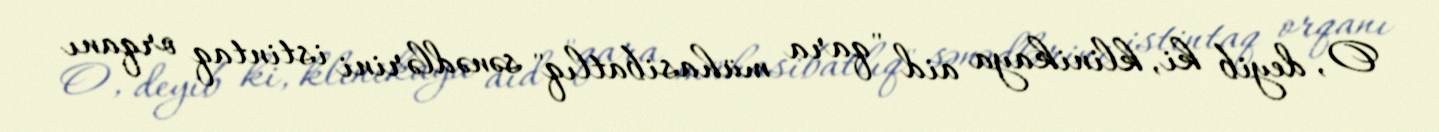
O, deyib ki, klinikaya aid "qara mühasibatlıq" sənədlərini istintaq orqanı